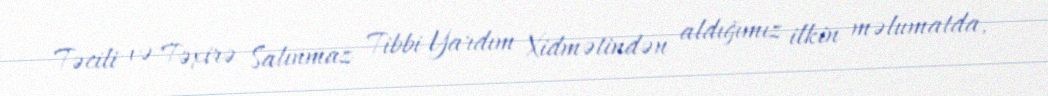
Təcili və Təxirə Salınmaz Tibbi Yardım Xidmətindən aldığımız ilkin məlumatda,